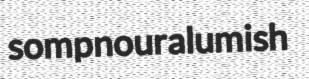
sompnour alumish